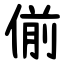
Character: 偂